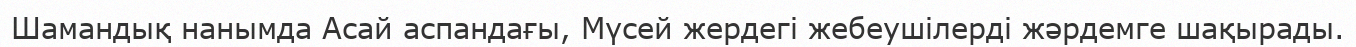
Шамандық нанымда Асай аспандағы, Мүсей жердегі жебеушілерді жәрдемге шақырады.